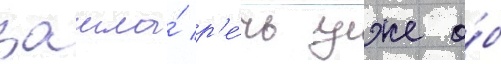
зашла́ р'е́чь уже о́б